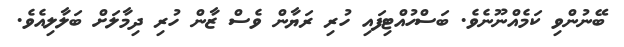
ބޭނުންވި ކަމެއްނޫނެވެ. ބަސްހުއްޓިފައި ހުރި ރަޔާން ވެސް ޒާން ހުރި ދިމާލަށް ބަލާލިއެވެ.